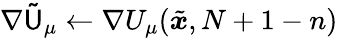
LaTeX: \nabla\mathsf{\tilde{U}}_{\mu}\gets\nabla U_{\mu}(\tilde{{\boldsymbol{x}}},N+1-n)